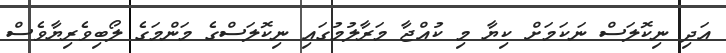
އަދި ނިކޮލަސް ނަކަމަށް ކިޔާ މި ކުއްޖާ މަރާލުމުގައި ނިކޮލަސްގެ މަންމަގެ ލޯބިވެރިޔާވެސް